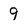
Character: 9